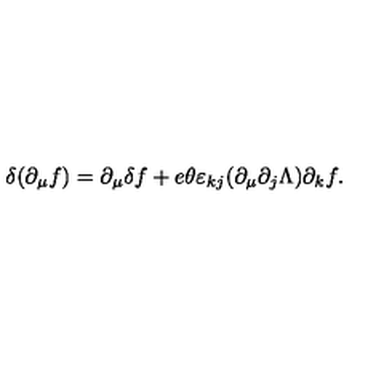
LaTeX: \delta ( \partial _ { \mu } f ) = \partial _ { \mu } \delta f + e \theta \varepsilon _ { k j } ( \partial _ { \mu } \partial _ { j } \Lambda ) \partial _ { k } f .